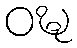
ဝဍ္ဎ